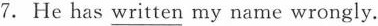
7.He has\underline{written} my name wrongly.